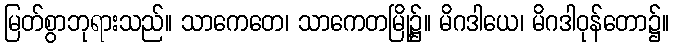
မြတ်စွာဘုရားသည်။ သာကေတေ၊ သာကေတမြို့၌။ မိဂဒါယေ၊ မိဂဒါဝုန်တော၌။